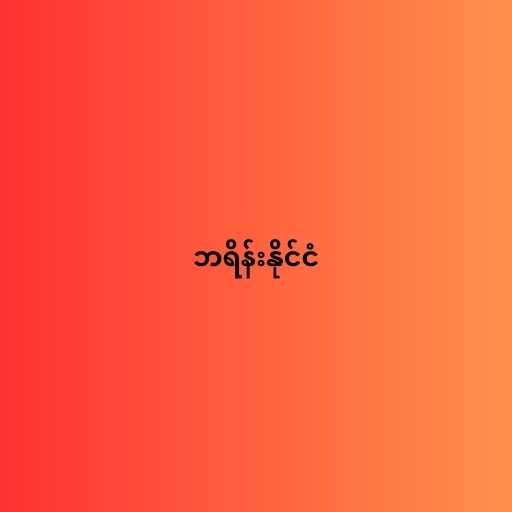
ဘရိန်းနိုင်ငံ